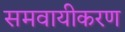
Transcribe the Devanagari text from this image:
समवायीकरण